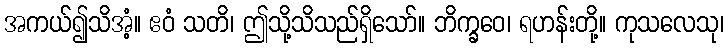
အကယ်၍သိအံ့။ ဧဝံ သတိ၊ ဤသို့သိသည်ရှိသော်။ ဘိက္ခဝေ၊ ရဟန်းတို့။ ကုသလေသု၊